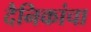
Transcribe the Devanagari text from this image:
दैनिकांचा